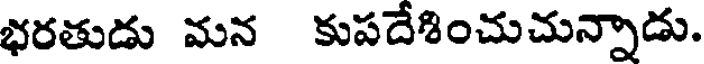
భరతుడు మన కుపదేశించుచున్నాడు.